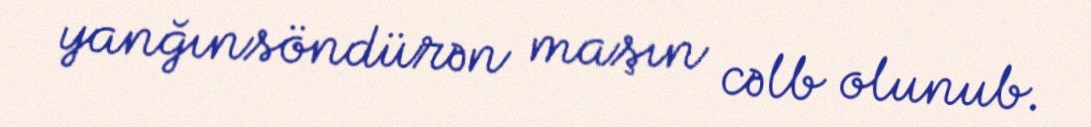
yanğınsöndürən maşın cəlb olunub.